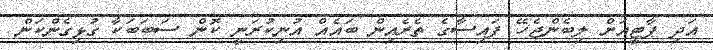
އަދި ޕާޓީއަށް ލިބެންޖެހޭ ފައިސާގެ ތެރެއިން ބައެއް އުނިކުރަނީ ކޮން ސަބަބަކާ ގުޅިގެންކަން